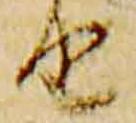
由